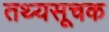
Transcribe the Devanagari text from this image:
तथ्यसूचक